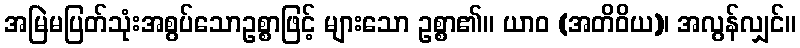
အမြဲမပြတ်သုံးအစွပ်သောဥစ္စာဖြင့် များသော ဥစ္စာ၏။ ယာဝ (အတိဝိယ)၊ အလွန်လျှင်။